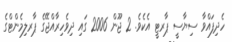
ހެދިފައްވާ ސިޔާސީ ޕާރޓީ އެކެވެ. 2 ޖޫން 2006 ގައި ދިވެހިރާއްޖޭގެ ޕާރލިމެންޓްގެ